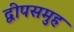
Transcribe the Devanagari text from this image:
द्वीपसमुह